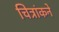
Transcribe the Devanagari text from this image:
चित्रांकने